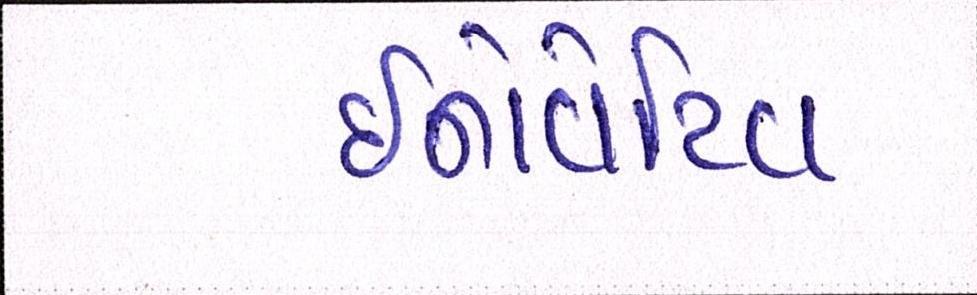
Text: ઇનોવેટિવ